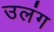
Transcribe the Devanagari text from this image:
उलंग